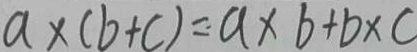
a \times ( b + c ) = a \times b + b \times c